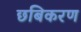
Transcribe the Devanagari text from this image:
छबिकरण